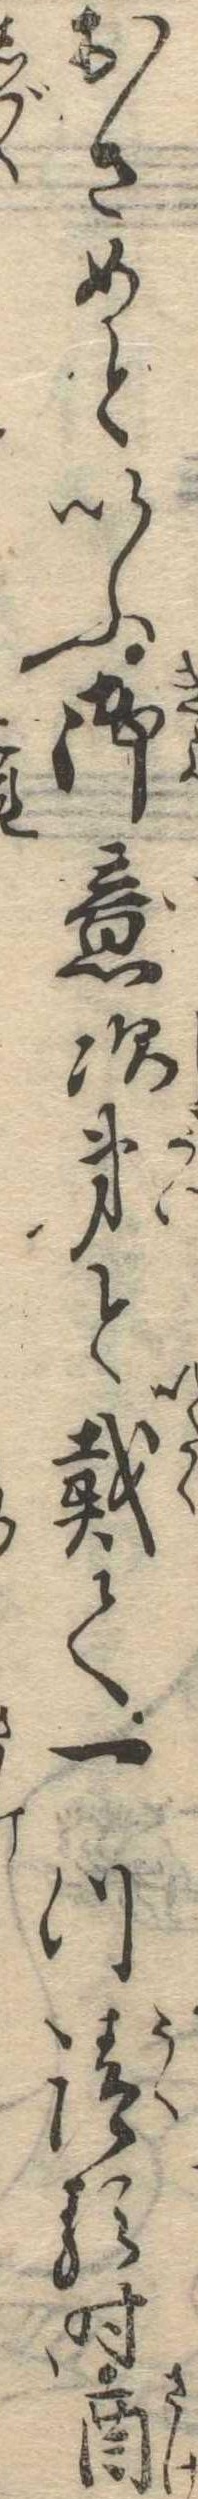
おさめといふ御意次第と戴て一つ請る時酒